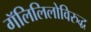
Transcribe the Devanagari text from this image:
गॅलिलिलोविरुद्ध